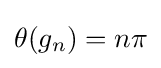
\theta (g_{n})=n\pi